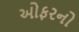
ઓફરનો